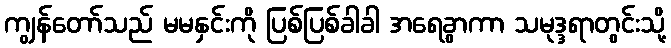
ကျွန်တော်သည် မမနှင်းကို ပြစ်ပြစ်ခါခါ အရေခွာကာ သမုဒ္ဒရာတွင်းသို့